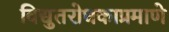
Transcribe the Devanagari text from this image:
विद्युतरोधकाप्रमाणे